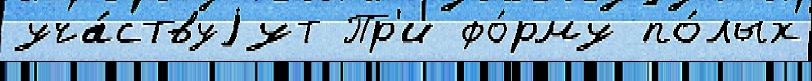
уча́ствуjут Пр'и фо́рму по́лых